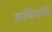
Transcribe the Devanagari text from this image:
रुचिपति